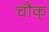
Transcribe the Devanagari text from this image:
चौक्